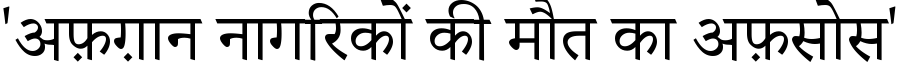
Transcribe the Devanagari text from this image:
'अफ़ग़ान नागरिकों की मौत का अफ़सोस'